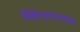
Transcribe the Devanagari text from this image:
सिंहेन्द्रमाध्ययम